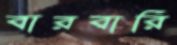
বারবারি